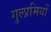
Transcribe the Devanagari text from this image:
गुलामियों